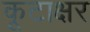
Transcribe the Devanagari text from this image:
कूटाक्षर